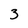
Character: 3